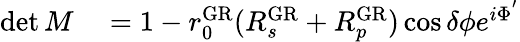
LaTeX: \begin{array}{rl}{\operatorname*{det}M}&{{}=1-r_{0}^{\mathrm{GR}}(R_{s}^{\mathrm{GR}}+R_{p}^{\mathrm{GR}})\cos\delta\phi e^{i\Phi^{'}}}\end{array}